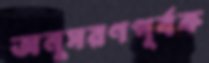
অনুসরণপূর্বক